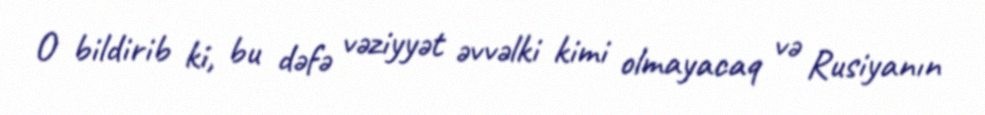
O bildirib ki, bu dəfə vəziyyət əvvəlki kimi olmayacaq və Rusiyanın